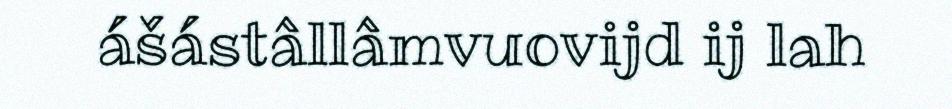
ášástâllâmvuovijd ij lah